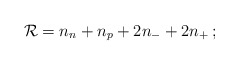
\begin{align*}{\cal R}=n_n+n_p+2n_{-}+2n_{+}\,;\end{align*}